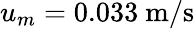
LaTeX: u_{m}=0.033\mathrm{~m}/\mathrm{s}